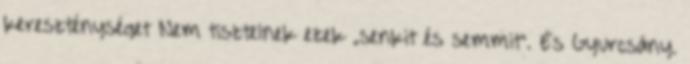
kereszténységet Nem tisztelnek ezek „senkit és semmit”. És Gyurcsány.